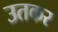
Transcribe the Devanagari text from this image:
उतकर